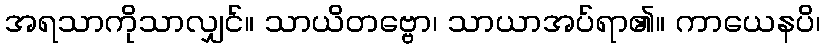
အရသာကိုသာလျှင်။ သာယိတဗ္ဗော၊ သာယာအပ်ရာ၏။ ကာယေနပိ၊